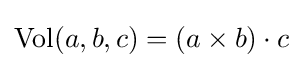
\mathrm {Vol} (a,b,c)=(a\times b)\cdot c